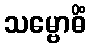
သမ္ဗောဓိံ